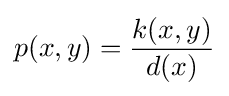
p(x,y)={\frac {k(x,y)}{d(x)}}